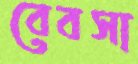
বেবসা